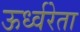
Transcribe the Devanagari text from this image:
ऊर्ध्वरेता